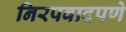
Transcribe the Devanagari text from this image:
निरपवादपणे